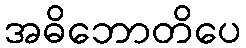
အဓိဘောတိပေ